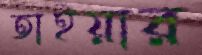
তাইয়ার